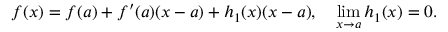
f ( x ) = f ( a ) + f ^ { \prime } ( a ) ( x - a ) + h _ { 1 } ( x ) ( x - a ) , \quad \operatorname* { l i m } _ { x \to a } h _ { 1 } ( x ) = 0 .